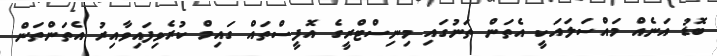
ބޮޑު އަނެއް މައްސަލައަކީ އެތަން ތަނުގައި މިނިސްޓްރީގެ އޮފީސްތައް ގައިމް ކުރެވިފައިވާއިރު އެތަންތަން